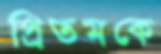
প্রিতমকে